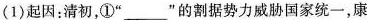
(1)起因：清初，①”___”的割据势力威胁国家统一，康